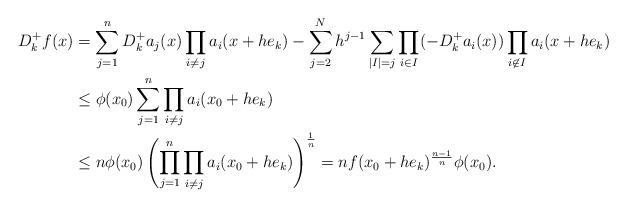
LaTeX: \begin{align*}D^+_kf(x) &= \sum_{j=1}^n D^+_k a_j(x)\prod_{i\neq j} a_i(x+he_k) - \sum_{j=2}^N h^{j-1} \sum_{|I|=j} \prod_{i \in I} (-D_k^+ a_i(x)) \prod_{i\not\in I} a_i(x+he_k)\\& \leq \phi(x_0) \sum_{j=1}^n \prod_{i\neq j} a_i(x_0 + he_k)\\&\leq n\phi(x_0)\left(\prod_{j=1}^n\prod_{i\neq j} a_i(x_0 + he_k)\right)^\frac{1}{n} = nf(x_0+he_k)^\frac{n-1}{n}\phi(x_0).\end{align*}